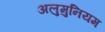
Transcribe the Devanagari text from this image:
अलुमुनियम